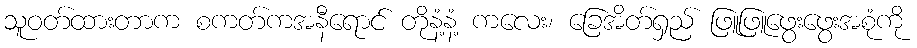
သူဝတ်ထားတာက စကတ်ကအနီရောင် တိုနံ့နံ့ ကလေး၊ ခြေအိတ်ရှည် ဖြူဖြူဖွေးဖွေးအစုံကို